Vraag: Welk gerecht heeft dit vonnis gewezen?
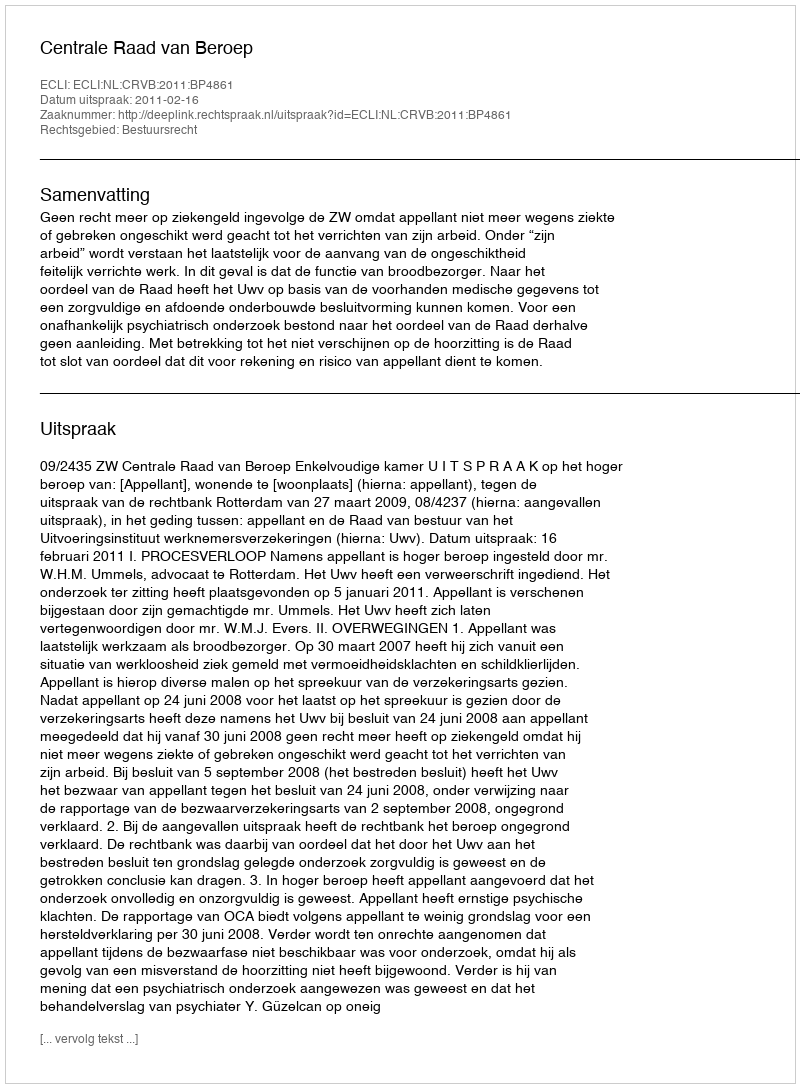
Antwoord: Centrale Raad van Beroep